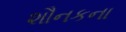
શૌનકના